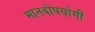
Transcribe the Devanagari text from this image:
मानवोपयोगी